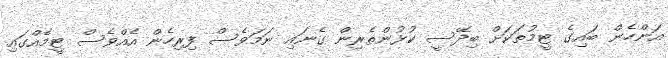
އަންހެން ބައިގެ ޓީމުތަކަށް ބިދޭސީ ކުޅުންތެރިން ގެނައި ނަމަވެސް ފިރިހެން އެއްވެސް ޓީމެއްގައި